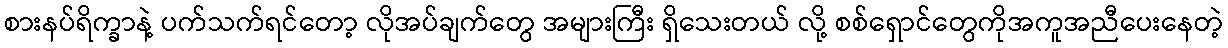
စားနပ်ရိက္ခာနဲ့ ပက်သက်ရင်တော့ လိုအပ်ချက်တွေ အများကြီး ရှိသေးတယ် လို့ စစ်ရှောင်တွေကိုအကူအညီပေးနေတဲ့